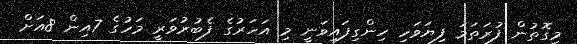
މިގޮތުން ފުރަތަމަ ފިޔަވަހި ހިންގިފައިވަނީ މި އަހަރުގެ ފެބުރުވަރީ މަހުގެ 7އިން 8އަށް